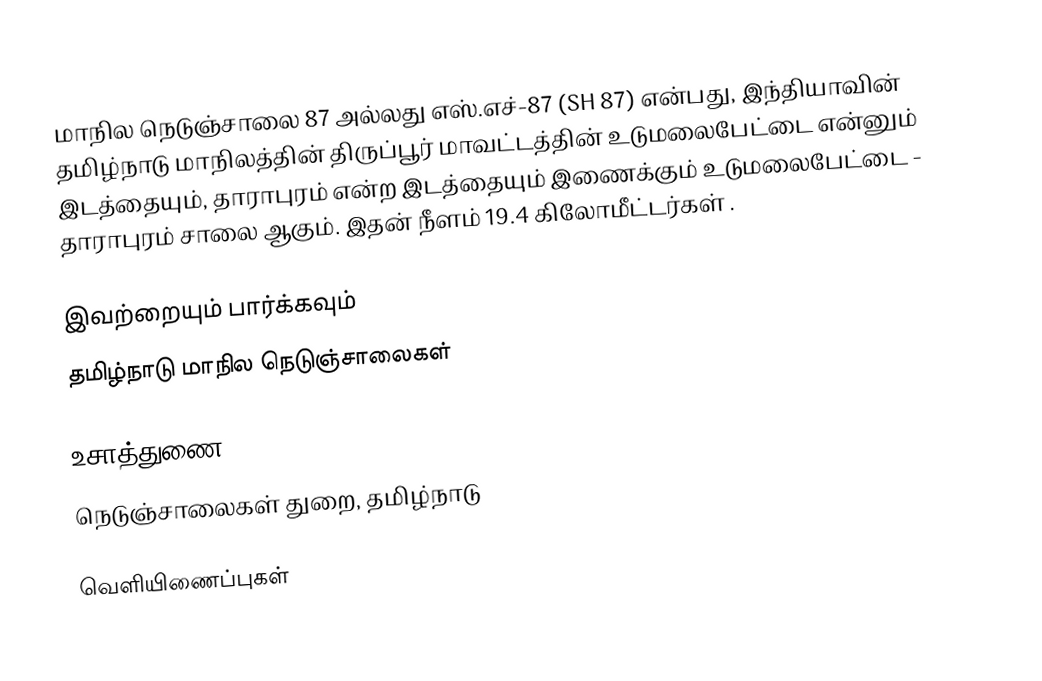
மாநில நெடுஞ்சாலை 87 அல்லது எஸ்.எச்-87 (SH 87) என்பது, இந்தியாவின் தமிழ்நாடு மாநிலத்தின் திருப்பூர் மாவட்டத்தின் உடுமலைபேட்டை என்னும் இடத்தையும், தாராபுரம் என்ற இடத்தையும் இணைக்கும் உடுமலைபேட்டை - தாராபுரம் சாலை ஆகும். இதன் நீளம் 19.4  கிலோமீட்டர்கள் .

இவற்றையும் பார்க்கவும்
 தமிழ்நாடு மாநில நெடுஞ்சாலைகள்

உசாத்துணை
 நெடுஞ்சாலைகள் துறை, தமிழ்நாடு

வெளியிணைப்புகள்